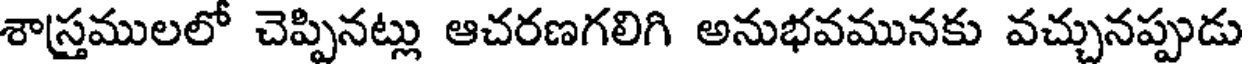
శాస్రములలో చెప్పినట్లు ఆచరణగలిగి అనుభవమునకు వచ్చునప్పుడు